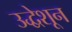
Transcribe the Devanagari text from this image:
उद्धेशून